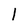
Character: 1